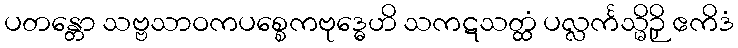
ပတန္တော သဗ္ဗသာဝကပစ္စေကဗုဒ္ဓေဟိ သကဋသတ္ထံ ပလ္လင်္ကသ္မိဉှိ ဧကိဒံ